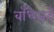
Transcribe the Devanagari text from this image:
बाँधेजहँ